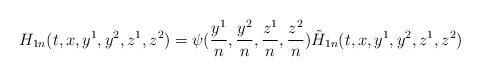
LaTeX: \begin{align*}H_{1n}(t,x,y^1,y^2,z^1,z^2)=\psi(\frac{y^1}{n},\frac{y^2}{n},\frac{z^1}{n},\frac{z^2}{n})\tilde{H}_{1n}(t,x,y^1,y^2,z^1,z^2)\end{align*}